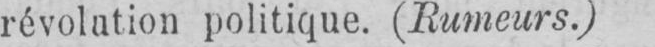
révolution politique. (Rumeurs.)